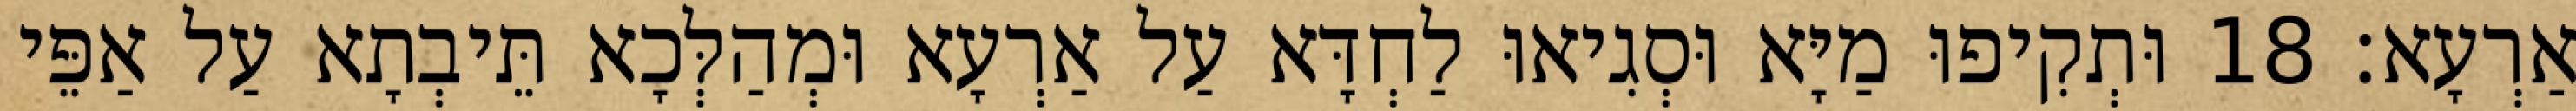
אַרְעָא׃ 18 וּתְקִיפוּ מַיָּא וּסְגִיאוּ לַחְדָּא עַל אַרְעָא וּמְהַלְּכָא תֵּיבְתָא עַל אַפֵּי